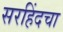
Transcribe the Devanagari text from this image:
सरहिंदचा